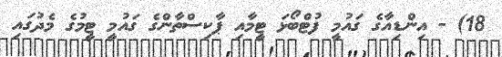
18) - އިންޑިއާގެ ގައުމީ ފުޓްބޯޅަ ޓީމާއި ޕާކިސްތާންގެ ގައުމީ ޓީމުގެ މެދުގައި